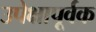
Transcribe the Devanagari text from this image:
उपेक्षापूर्वक